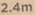
2.4m